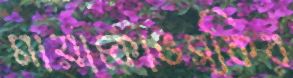
মায়াকোভস্কির